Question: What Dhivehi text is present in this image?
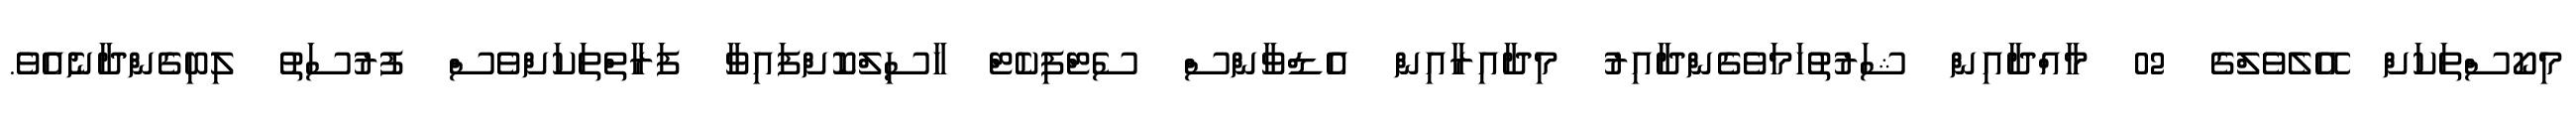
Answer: މިކޯސްތަކަށް އޭލެވެލްގެ 02 މާއްދާއިން ޝަރުތުހަމަވެގެންދާއިރު މިދާއިރާއިން އެޑްވާންސް ސެޓްފިކެޓް ހާސިލްކޮށްފައިވާ ފަރާތްތަކަށްވެސް ފުރުސަތު ލިބިގެންދާނެއެވެ.